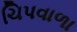
ચિપવાળા